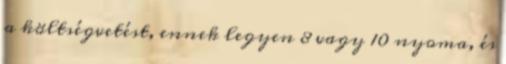
a költségvetést, ennek legyen 8 vagy 10 nyoma, és